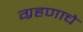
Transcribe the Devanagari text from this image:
ग्रहणाचे